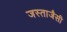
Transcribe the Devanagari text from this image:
जस्ताजैसी